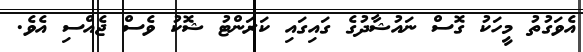
އެވަގުތު މީހަކު ގޮސް ނައުޝާދުގެ ގައިގައި ކަރަންޓު ޝޮކު ވެސް ޖެއްސި އެވެ.